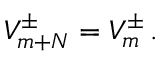
V _ { m + N } ^ { \pm } = V _ { m } ^ { \pm } \, .